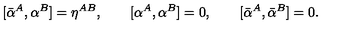
[ \bar { \alpha } ^ { A } , \alpha ^ { B } ] = \eta ^ { A B } , \qquad [ \alpha ^ { A } , \alpha ^ { B } ] = 0 , \qquad [ \bar { \alpha } ^ { A } , \bar { \alpha } ^ { B } ] = 0 .